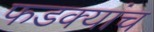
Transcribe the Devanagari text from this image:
फडक्यांच